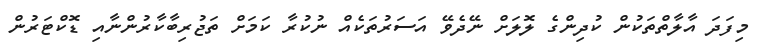
މިފަދަ އާލާތްތަކުން ކުދިންގެ ލޮލަށް ނޭދެވޭ އަސަރުތަކެއް ނުކުރާ ކަމަށް ތަޖުރިބާކާރުންނާއި ޑޮކްޓަރުން